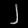
Digit: ၂